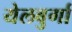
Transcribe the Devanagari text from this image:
येलबुर्गा